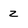
Character: z